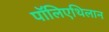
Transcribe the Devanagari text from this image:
पॉलिएथिलान